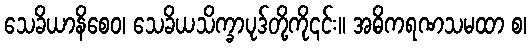
သေခိယာနိစေဝ၊ သေခိယသိက္ခာပုဒ်တို့ကို၎င်း။ အဓိကရဏသမထာ စ၊